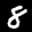
Label: 8